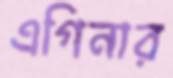
এগিনার